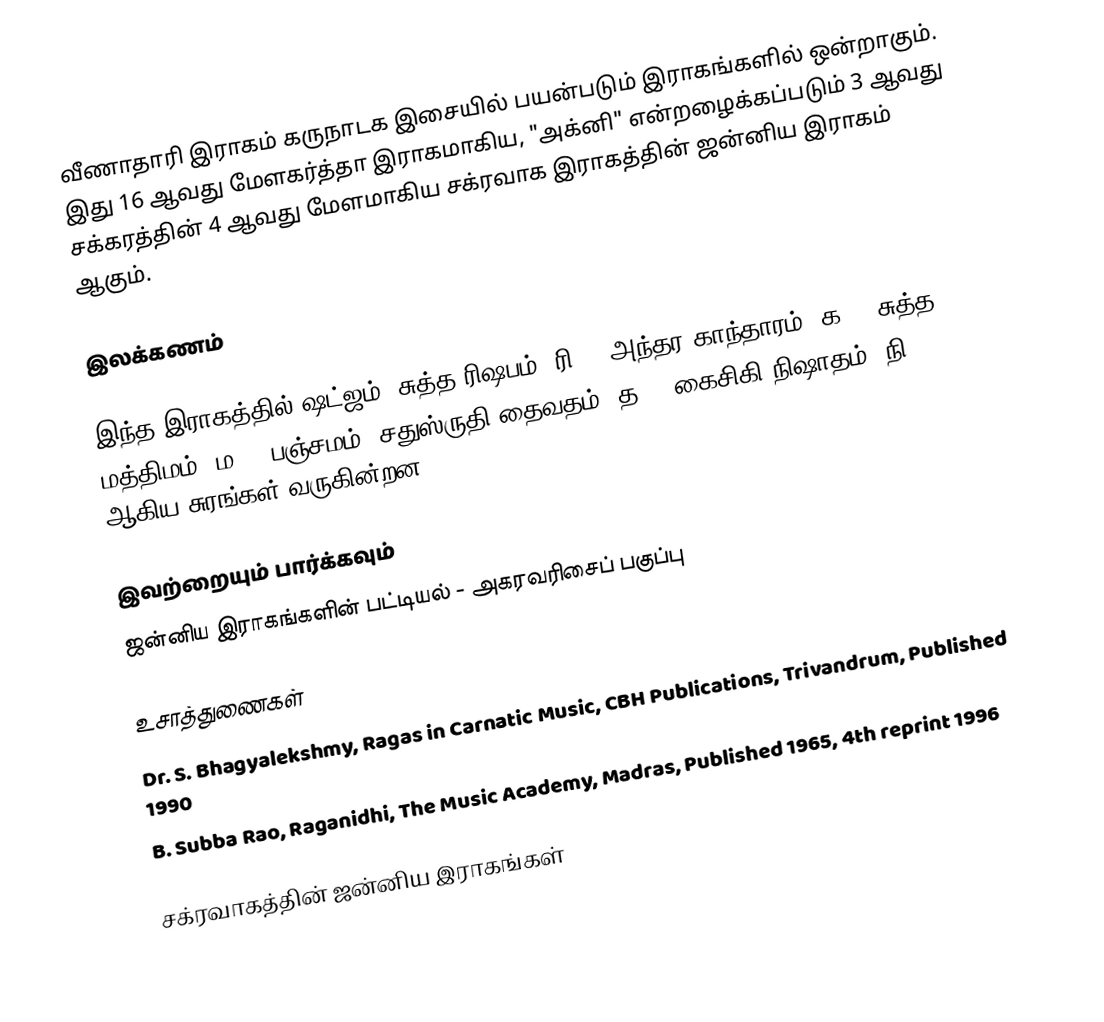
வீணாதாரி இராகம் கருநாடக இசையில் பயன்படும் இராகங்களில் ஒன்றாகும். இது 16 ஆவது மேளகர்த்தா இராகமாகிய, "அக்னி" என்றழைக்கப்படும் 3 ஆவது சக்கரத்தின் 4 ஆவது மேளமாகிய சக்ரவாக இராகத்தின் ஜன்னிய இராகம் ஆகும்.

இலக்கணம்

இந்த இராகத்தில் ஷட்ஜம், சுத்த ரிஷபம் (ரி1),  அந்தர காந்தாரம் (க3), சுத்த மத்திமம் (ம1), பஞ்சமம்,  சதுஸ்ருதி தைவதம் (த2), கைசிகி நிஷாதம்  (நி2) ஆகிய சுரங்கள் வருகின்றன.

இவற்றையும் பார்க்கவும்
 ஜன்னிய இராகங்களின் பட்டியல் - அகரவரிசைப் பகுப்பு

உசாத்துணைகள்
 Dr. S. Bhagyalekshmy, Ragas in Carnatic Music, CBH Publications, Trivandrum, Published 1990
 B. Subba Rao, Raganidhi, The Music Academy, Madras, Published 1965, 4th reprint 1996

சக்ரவாகத்தின் ஜன்னிய இராகங்கள்